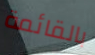
بالقائمة